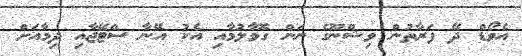
އެވޯޑް ދޭ ފަރާތުން ވިޝްނޫގެ ނަން ގޮވާލުމާއި އެކު އޭނާ ސްޓޭޖާއި ދިމާއަށް